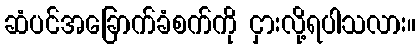
ဆံပင်အခြောက်ခံစက်ကို ငှားလို့ရပါသလား။